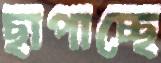
ছাপাচ্ছে